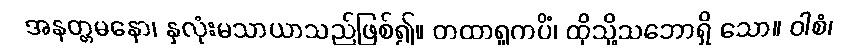
အနတ္တမနော၊ နှလုံးမသာယာသည်ဖြစ်၍။ တထာရူကပိံ၊ ထိုသို့သဘောရှိ သော။ ဝါစံ၊